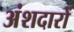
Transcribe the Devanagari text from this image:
अंशदारों